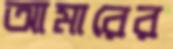
আমারের